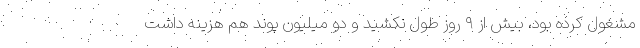
مشغول کرده بود، بیش از ۹ روز طول نکشید و دو میلیون پوند هم هزینه داشت